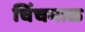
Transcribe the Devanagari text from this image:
चिंचमाळ